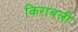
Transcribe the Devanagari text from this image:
किराबली